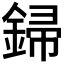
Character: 𨧪